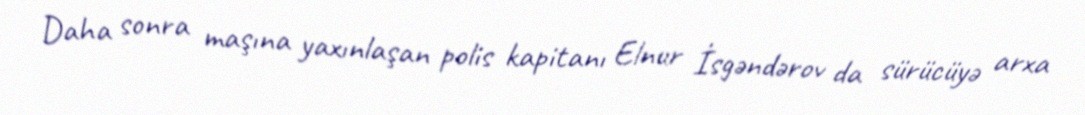
Daha sonra maşına yaxınlaşan polis kapitanı Elnur İsgəndərov da sürücüyə arxa